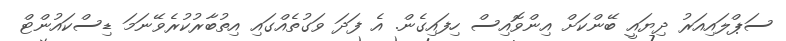
ސަޕްލައިއަރު ދިޔައީ ބޭންކަށް އިންވޮއިސް ހިފައިގެން. އެ ފަދަ ވަގުތެއްގައި އިތުބާރުކުރެވޭނަމަ ޑިސްކައުންޓް